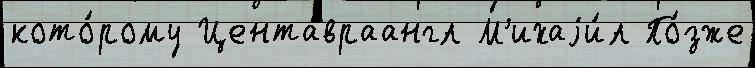
кото́рому Центавраангл М'ихаjи́л По́зже